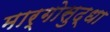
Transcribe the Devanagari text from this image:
मार्गोसुद्धा